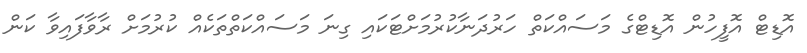
އޮޑިޓް އޮފީހުން އޮޑިޓްގެ މަސައްކަތް ހަރުދަނާކުރުމަށްޓަކައި ގިނަ މަސައްކަތްތަކެއް ކުރުމަށް ރާވާފައިވާ ކަން